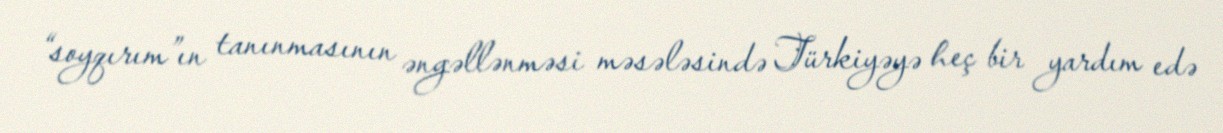
“soyqırım”ın tanınmasının əngəllənməsi məsələsində Türkiyəyə heç bir yardım edə